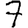
Digit: 7